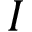
I